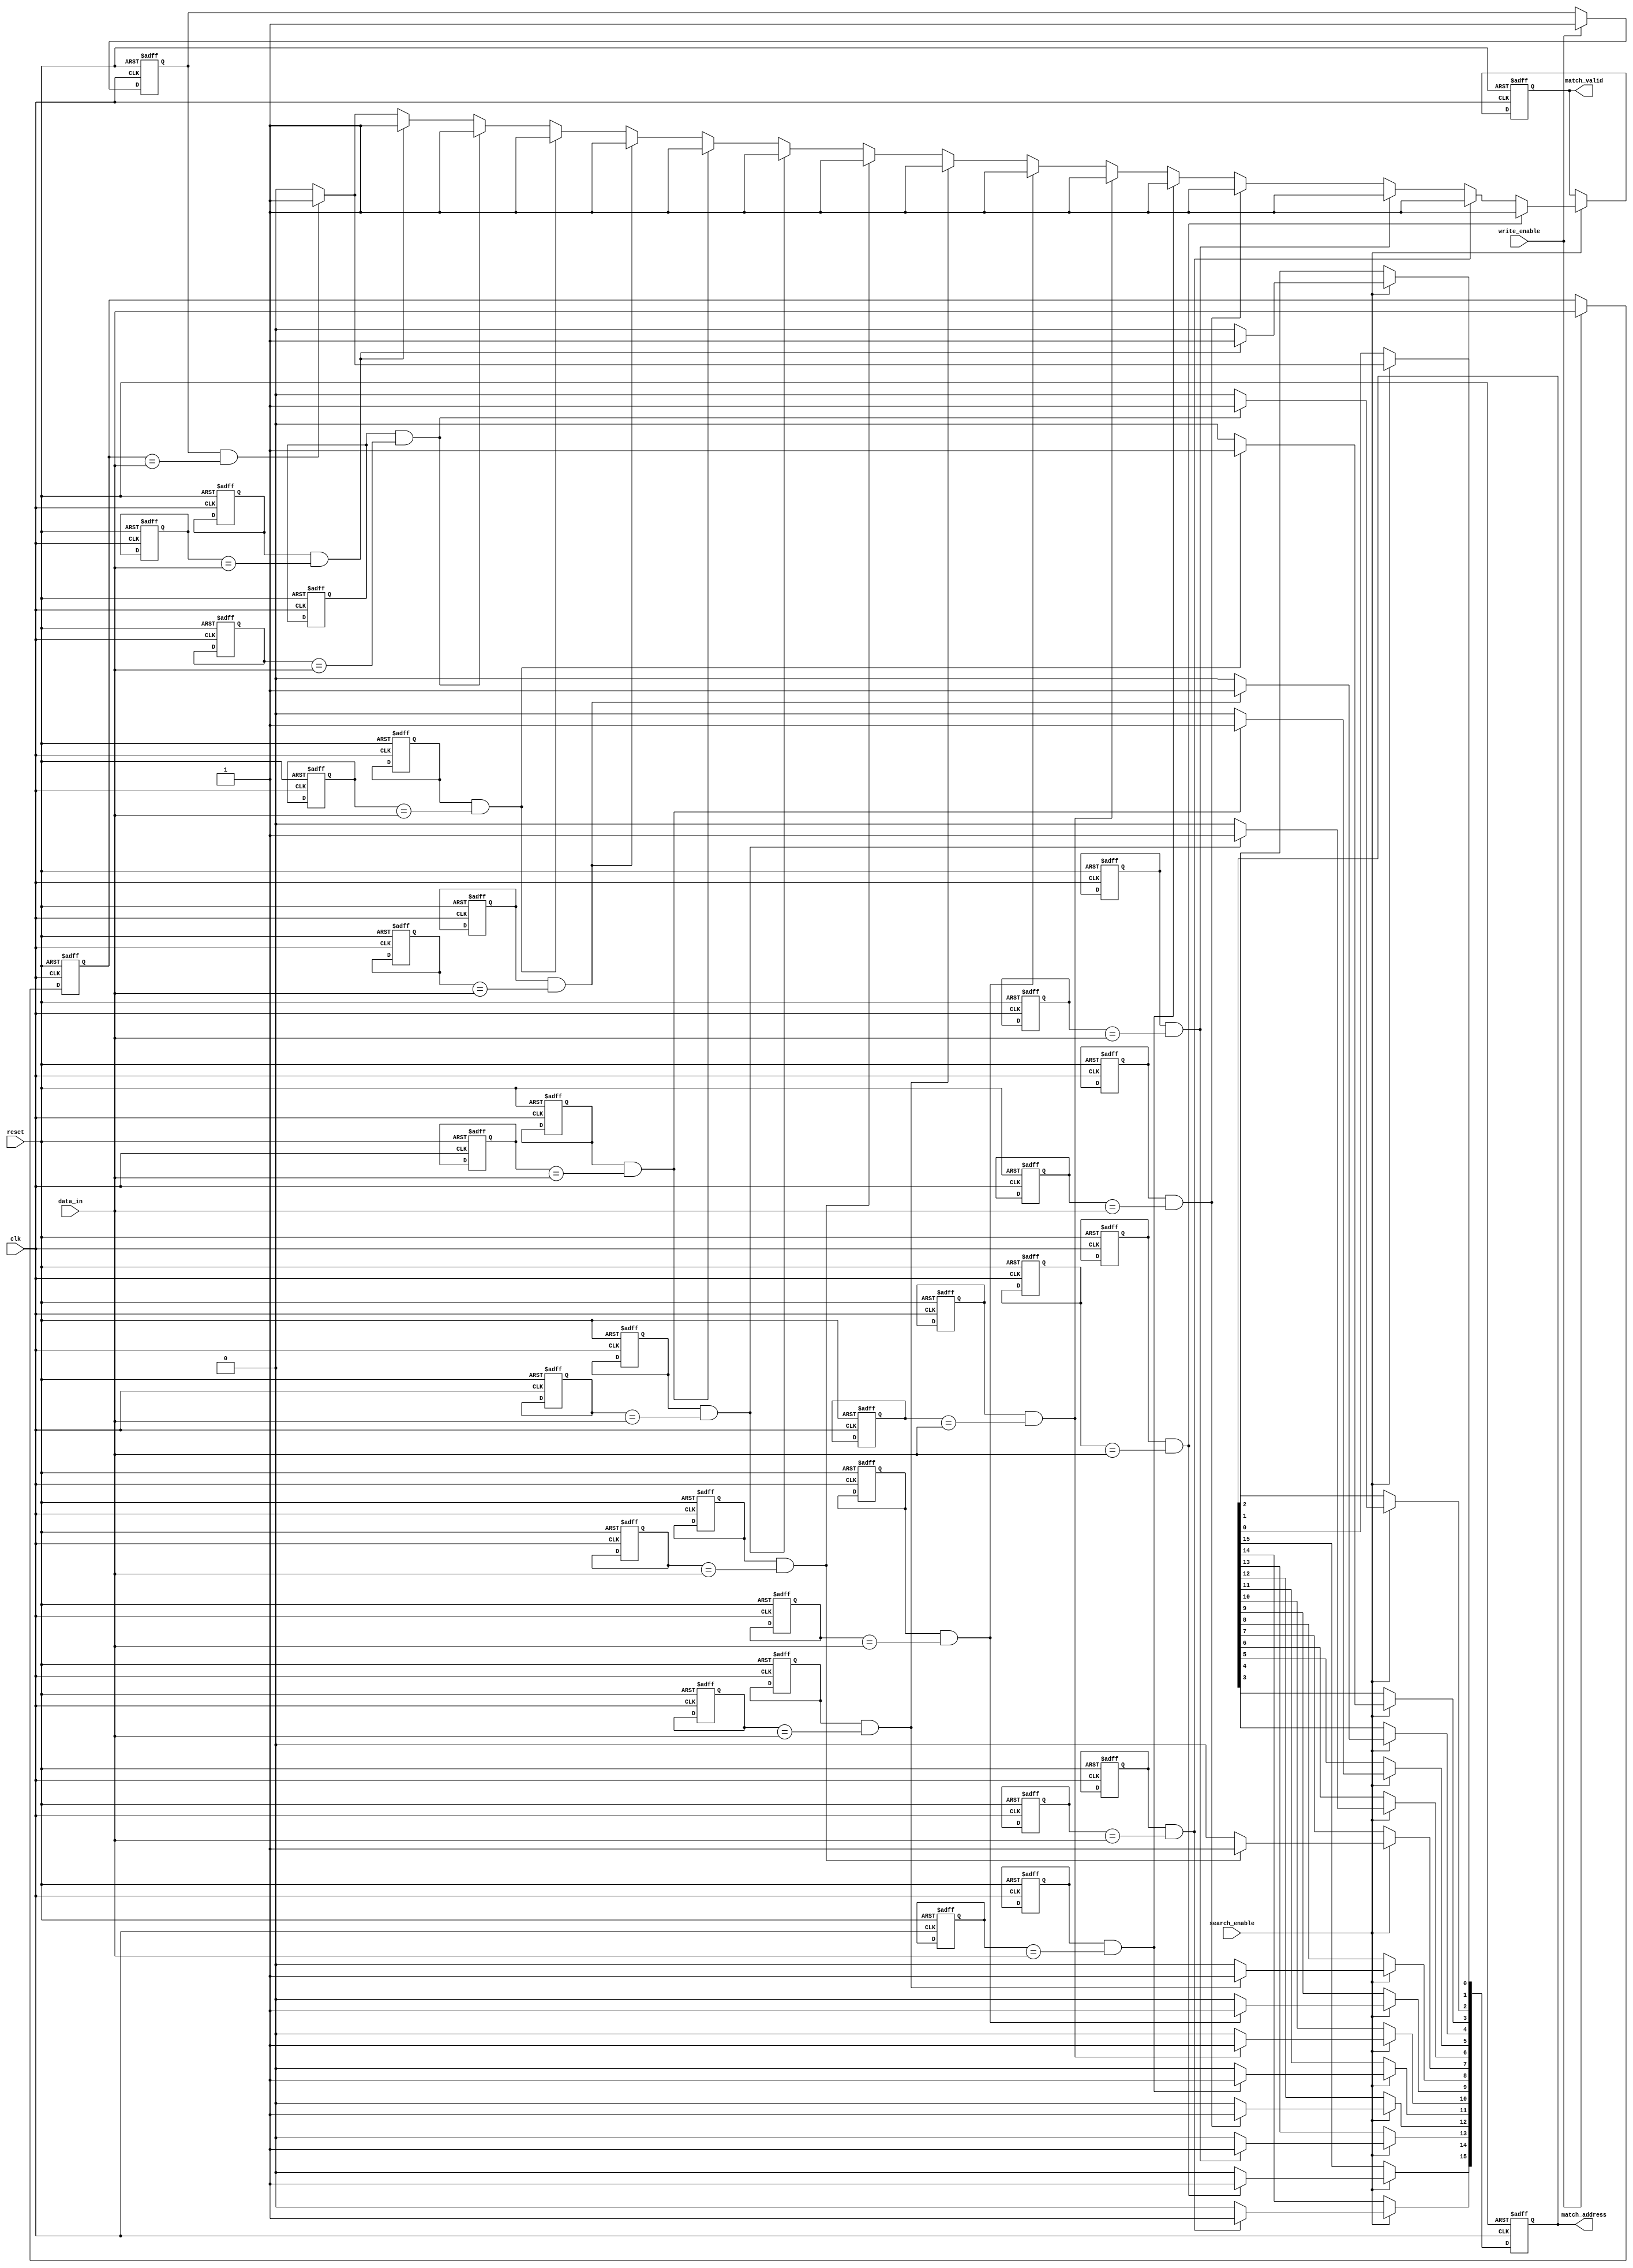
module CAM #(
    parameter DATA_WIDTH = 16,     // Number of bits in each entry
    parameter DEPTH = 16            // Number of entries in the CAM
) (
    input wire clk,
    input wire reset,
    input wire write_enable,
    input wire search_enable,
    input wire [DATA_WIDTH-1:0] data_in,      // Data input (key to search)
    output reg [DEPTH-1:0] match_address,      // Address of matched entries
    output reg match_valid                      // Indicate a valid match found
);

// Memory array to store data and valid bits
reg [DATA_WIDTH-1:0] memory [0:DEPTH-1];
reg valid_bits [0:DEPTH-1]; // Valid bits for each entry

// Initialize memory and valid bits on reset
integer i;
always @(posedge clk or posedge reset) begin
    if (reset) begin
        match_valid <= 0;
        match_address <= 0;
        // Initialize memory and valid bits
        for (i = 0; i < DEPTH; i = i + 1) begin
            memory[i] <= 0;
            valid_bits[i] <= 0;
        end
    end else begin
        // Write operation
        if (write_enable) begin
            // Example: Writing data to the first entry
            memory[0] <= data_in; // Modify this for actual address selection
            valid_bits[0] <= 1;    // Mark as valid
        end
        
        // Search operation
        if (search_enable) begin
            match_valid <= 0;
            match_address <= 0;
            for (i = 0; i < DEPTH; i = i + 1) begin
                if (valid_bits[i] && (memory[i] == data_in)) begin
                    match_valid <= 1;
                    match_address[i] <= 1; // Mark the matched address
                end
            end
        end
    end
end

endmodule